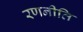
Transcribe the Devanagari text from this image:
रणनीति